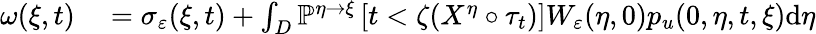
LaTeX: \begin{array}{rl}{\omega(\xi,t)}&{{}=\sigma_{\varepsilon}(\xi,t)+\int_{D}\mathbb{P}^{\eta\rightarrow\xi}\left[t<\zeta(X^{\eta}\circ\tau_{t})\right]W_{\varepsilon}(\eta,0)p_{u}(0,\eta,t,\xi)\textrm{d}\eta}\end{array}